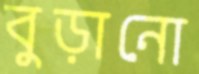
বুড়ানো